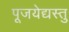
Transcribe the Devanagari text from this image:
पूजयेद्यस्तु